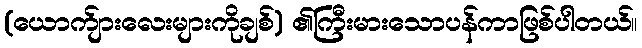
(ယောက်ျားလေးများကိုချစ်) ၏ကြီးမားသောပန်ကာဖြစ်ပါတယ်။